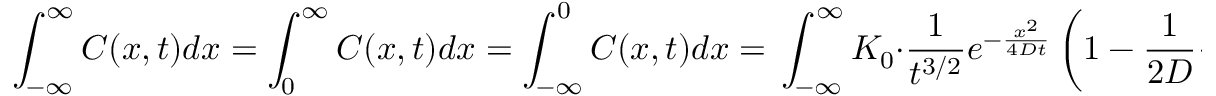
\int _ { - \infty } ^ { \infty } C ( x , t ) d x = \int _ { 0 } ^ { \infty } C ( x , t ) d x = \int _ { - \infty } ^ { 0 } C ( x , t ) d x = \, \int _ { - \infty } ^ { \infty } K _ { 0 } \cdot \frac { 1 } { t ^ { 3 / 2 } } e ^ { - \frac { x ^ { 2 } } { 4 D t } } \left( 1 - \frac { 1 } { 2 D } \frac { x ^ { 2 } } { t } \right) d x = 0 ,